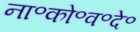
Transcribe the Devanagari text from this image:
ना॰को॰व॰दे॰